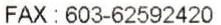
FAX : 603-62592420